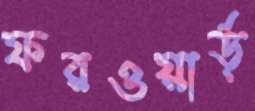
ফরওয়ার্ড়